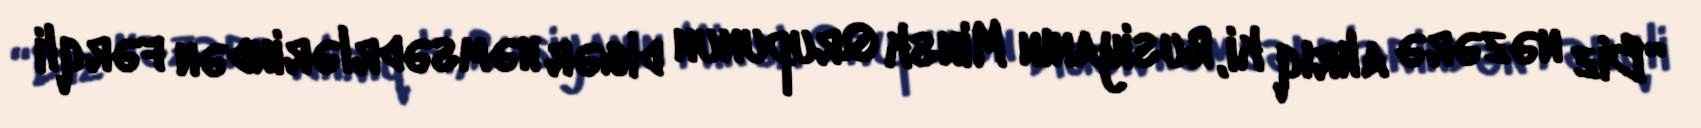
“Biz nəzərə alırıq ki, Rusiyanın Minsk Qrupunun digər həmsədrlərindən fərqli